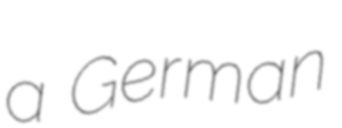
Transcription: a German